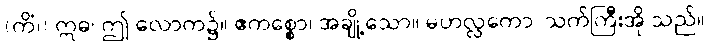
(ကိံ၊) ဣဓ၊ ဤ လောက၌။ ဧကစ္စော၊ အချို့သော။ မဟလ္လကော၊ သက်ကြီးအို သည်။